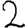
Digit: 2